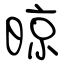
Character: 晾